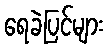
ရေခဲပြင်များ